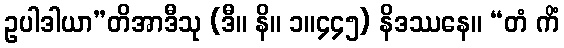
ဥပါဒါယာ”တိအာဒီသု (ဒီ။ နိ။ ၁။၄၄၅) နိဒဿနေ။ “တံ ကိံ